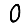
Digit: 0